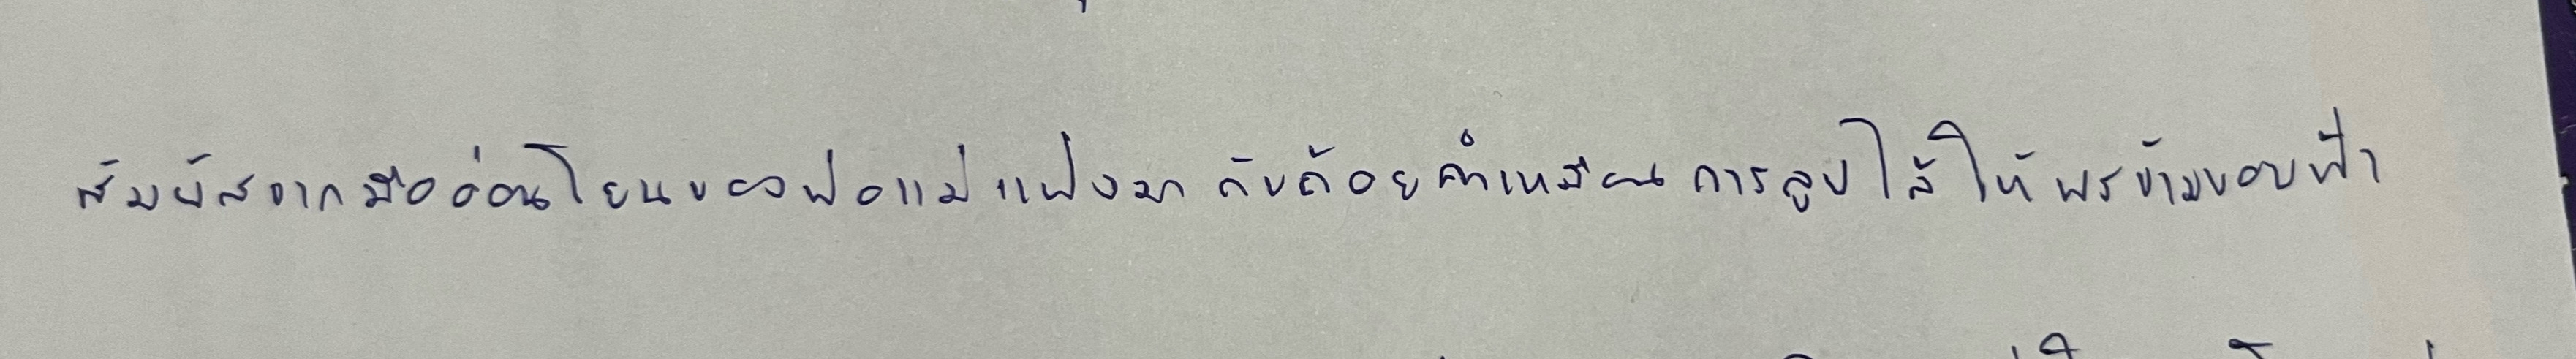
สัมผัสจากมืออ่อนโยนของพ่อแม่แฝงมากับถ้อยคำเหมือนการลูบไล้ให้พรข้ามขอบฟ้า